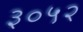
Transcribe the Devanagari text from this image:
३०५२